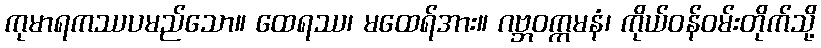
ကုမာရကဿပမည်သော။ ထေရဿ၊ မထေရ်အား။ ဂဗ္ဘဝက္ကမနံ၊ ကိုယ်ဝန်ဝမ်းတိုက်သို့